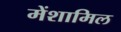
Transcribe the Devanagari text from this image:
मेंशामिल